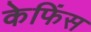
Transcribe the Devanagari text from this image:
केफिंस